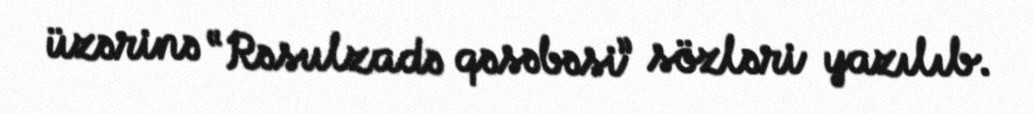
üzərinə “Rəsulzadə qəsəbəsi” sözləri yazılıb.